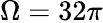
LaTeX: \Omega=32\pi